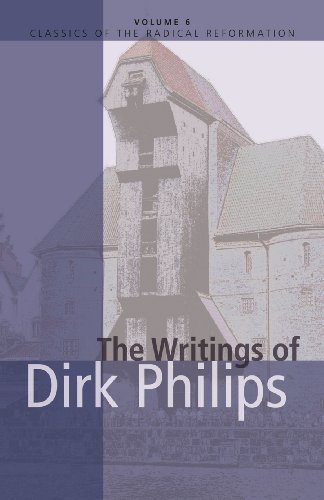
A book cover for The Writings of Dirk Philips (Classics of the Radical Reformation); Christian Books & Bibles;